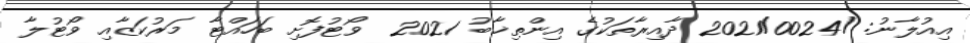
އިއުލާނު: /2021/0024 ދާއިރާތަކުގެ އިންތިޚާބު 2021  ވޯޓުފޮށި ބަހައްޓާ މަރުކަޒާއި ވޯޓުލާ